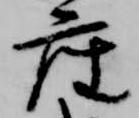
座